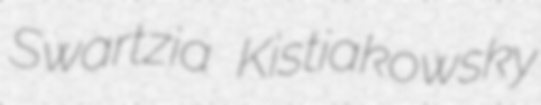
Swartzia Kistiakowsky